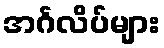
အင်္ဂလိပ်များ